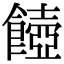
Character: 𩞵